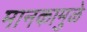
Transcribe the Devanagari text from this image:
मानकामुळे